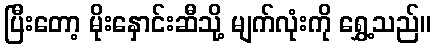
ပြီးတော့ မိုးနှောင်းဆီသို့ မျက်လုံးကို ရွှေ့သည်။